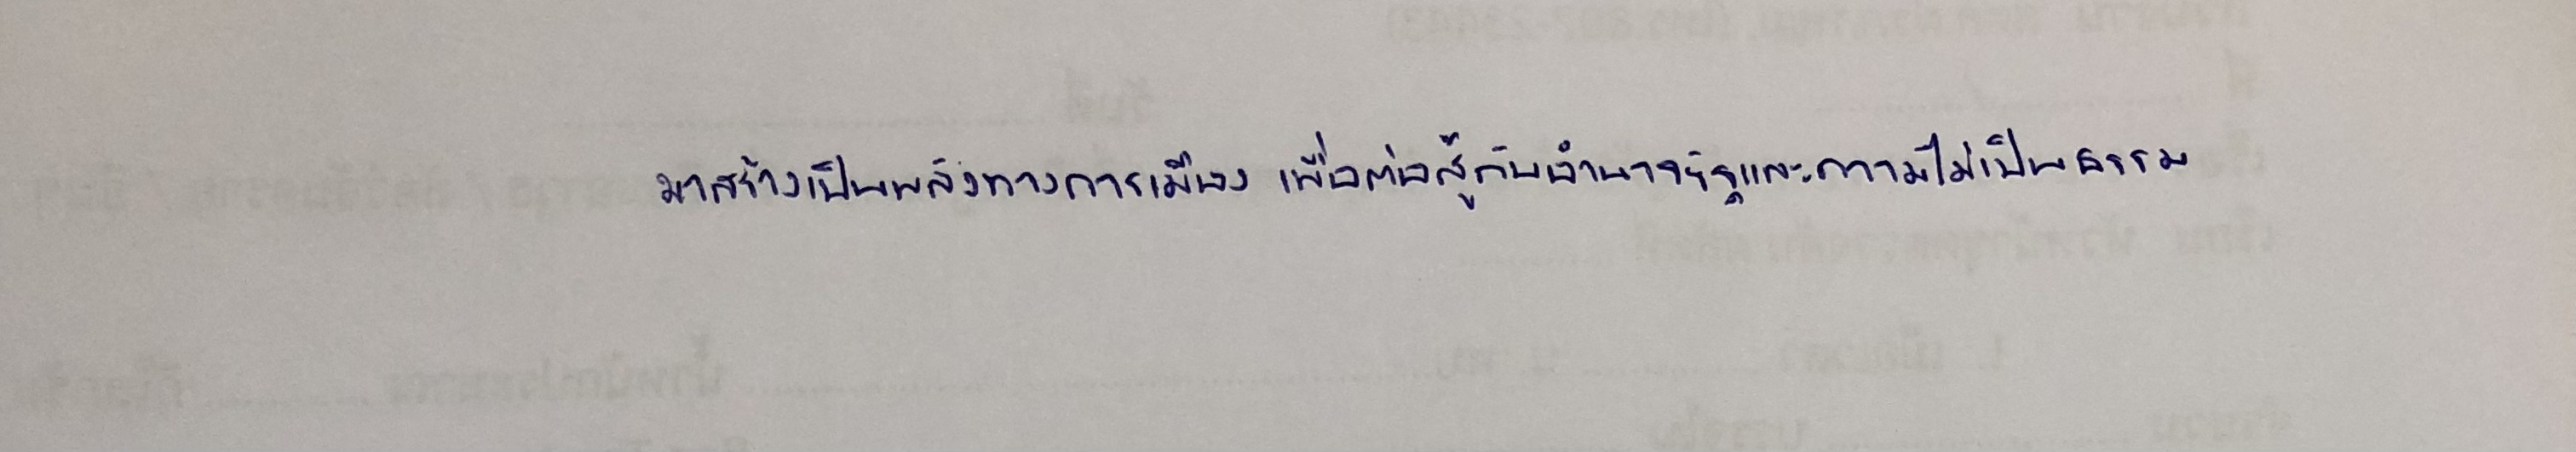
มาสร้างเป็นพลังทางการเมืองเพื่อต่อสู้กับอำนาจรัฐและความไม่เป็นธรรม